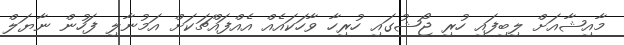
މާއިޝާއަށް ލިބިފައި ހުރި ޖޯޝުގައި ހުރިހާ ވާހަކައެއް އެއްފައްޗަކަށް އަމުނާލި ފަހުން ނާޔަލް